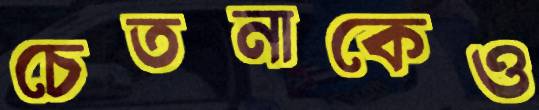
চেতনাকেও